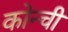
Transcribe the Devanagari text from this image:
कोन्ची